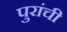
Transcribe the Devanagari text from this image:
पुरांची